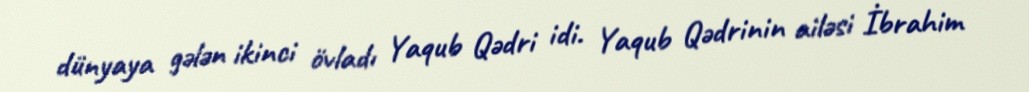
dünyaya gələn ikinci övladı Yaqub Qədri idi. Yaqub Qədrinin ailəsi İbrahim